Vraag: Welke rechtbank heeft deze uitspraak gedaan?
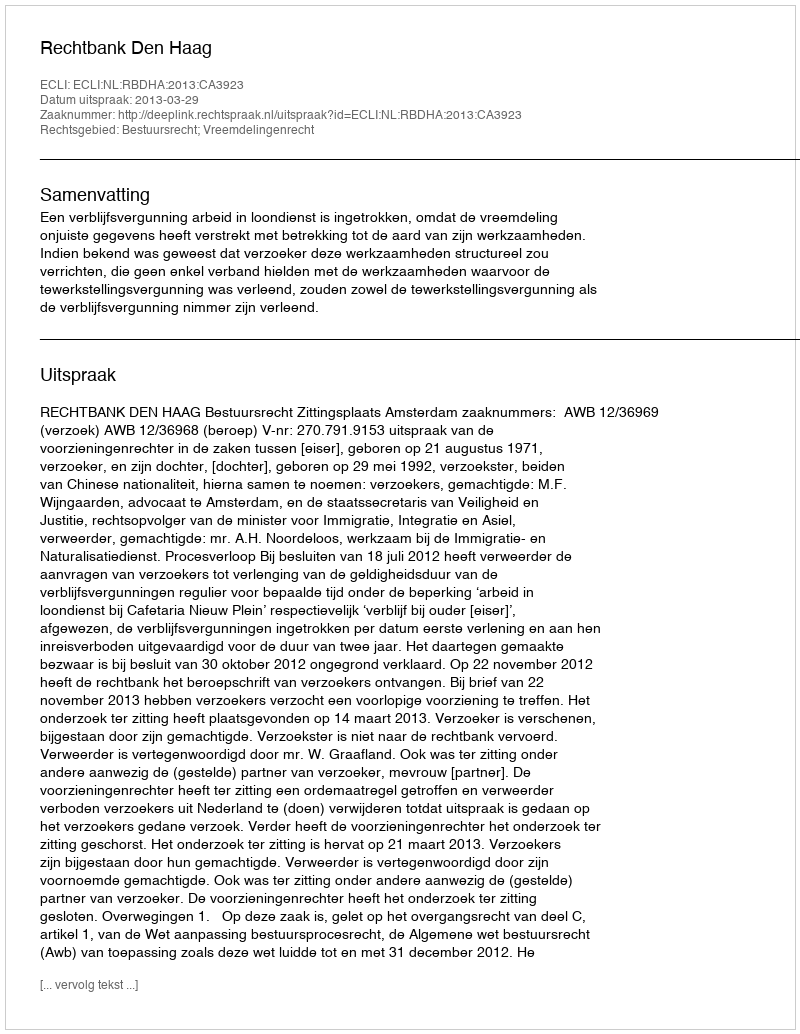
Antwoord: Rechtbank Den Haag